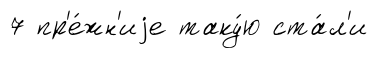
7 пр'е́жн'иjе таку́ю ста́л'и